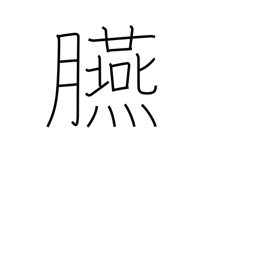
Meaning: rouge